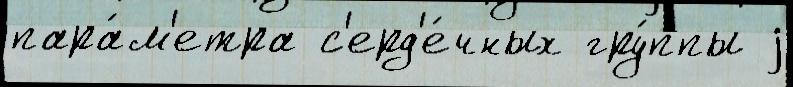
пара́м'етра с'ерд'е́чных гру́ппы j